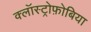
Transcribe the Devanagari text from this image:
क्लॉस्ट्रोफ़ोबिया